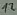
Text: 12